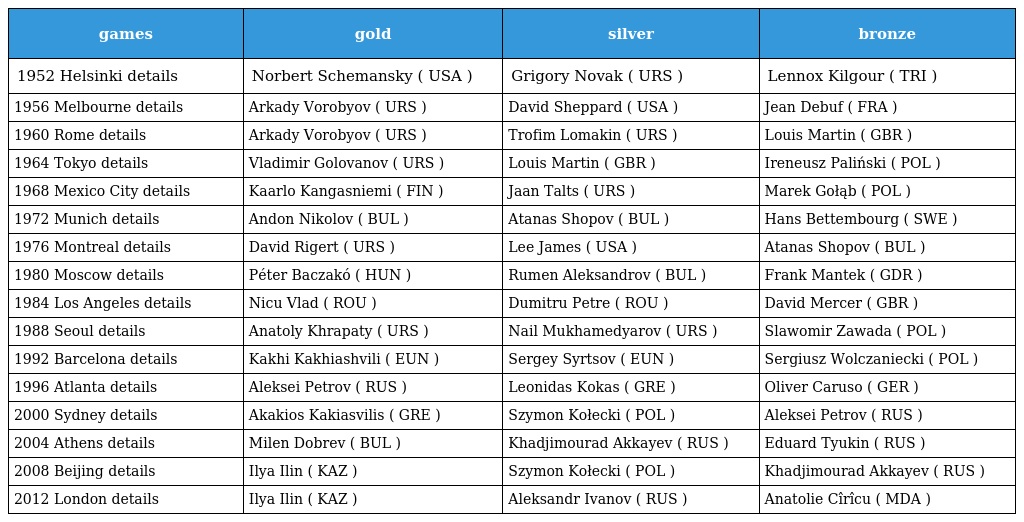
| games | gold | silver | bronze |
 | --- | --- | --- | --- |
 | 1952 Helsinki details | Norbert Schemansky ( USA ) | Grigory Novak ( URS ) | Lennox Kilgour ( TRI ) |
 | 1956 Melbourne details | Arkady Vorobyov ( URS ) | David Sheppard ( USA ) | Jean Debuf ( FRA ) |
 | 1960 Rome details | Arkady Vorobyov ( URS ) | Trofim Lomakin ( URS ) | Louis Martin ( GBR ) |
 | 1964 Tokyo details | Vladimir Golovanov ( URS ) | Louis Martin ( GBR ) | Ireneusz Paliński ( POL ) |
 | 1968 Mexico City details | Kaarlo Kangasniemi ( FIN ) | Jaan Talts ( URS ) | Marek Gołąb ( POL ) |
 | 1972 Munich details | Andon Nikolov ( BUL ) | Atanas Shopov ( BUL ) | Hans Bettembourg ( SWE ) |
 | 1976 Montreal details | David Rigert ( URS ) | Lee James ( USA ) | Atanas Shopov ( BUL ) |
 | 1980 Moscow details | Péter Baczakó ( HUN ) | Rumen Aleksandrov ( BUL ) | Frank Mantek ( GDR ) |
 | 1984 Los Angeles details | Nicu Vlad ( ROU ) | Dumitru Petre ( ROU ) | David Mercer ( GBR ) |
 | 1988 Seoul details | Anatoly Khrapaty ( URS ) | Nail Mukhamedyarov ( URS ) | Slawomir Zawada ( POL ) |
 | 1992 Barcelona details | Kakhi Kakhiashvili ( EUN ) | Sergey Syrtsov ( EUN ) | Sergiusz Wolczaniecki ( POL ) |
 | 1996 Atlanta details | Aleksei Petrov ( RUS ) | Leonidas Kokas ( GRE ) | Oliver Caruso ( GER ) |
 | 2000 Sydney details | Akakios Kakiasvilis ( GRE ) | Szymon Kołecki ( POL ) | Aleksei Petrov ( RUS ) |
 | 2004 Athens details | Milen Dobrev ( BUL ) | Khadjimourad Akkayev ( RUS ) | Eduard Tyukin ( RUS ) |
 | 2008 Beijing details | Ilya Ilin ( KAZ ) | Szymon Kołecki ( POL ) | Khadjimourad Akkayev ( RUS ) |
 | 2012 London details | Ilya Ilin ( KAZ ) | Aleksandr Ivanov ( RUS ) | Anatolie Cîrîcu ( MDA ) |